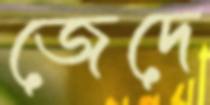
জেদে